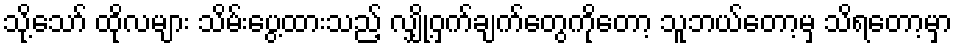
သို့သော် ထိုလများ သိမ်းပွေ့ထားသည့် လျှို့ဝှက်ချက်တွေကိုတော့ သူဘယ်တော့မှ သိရတော့မှာ